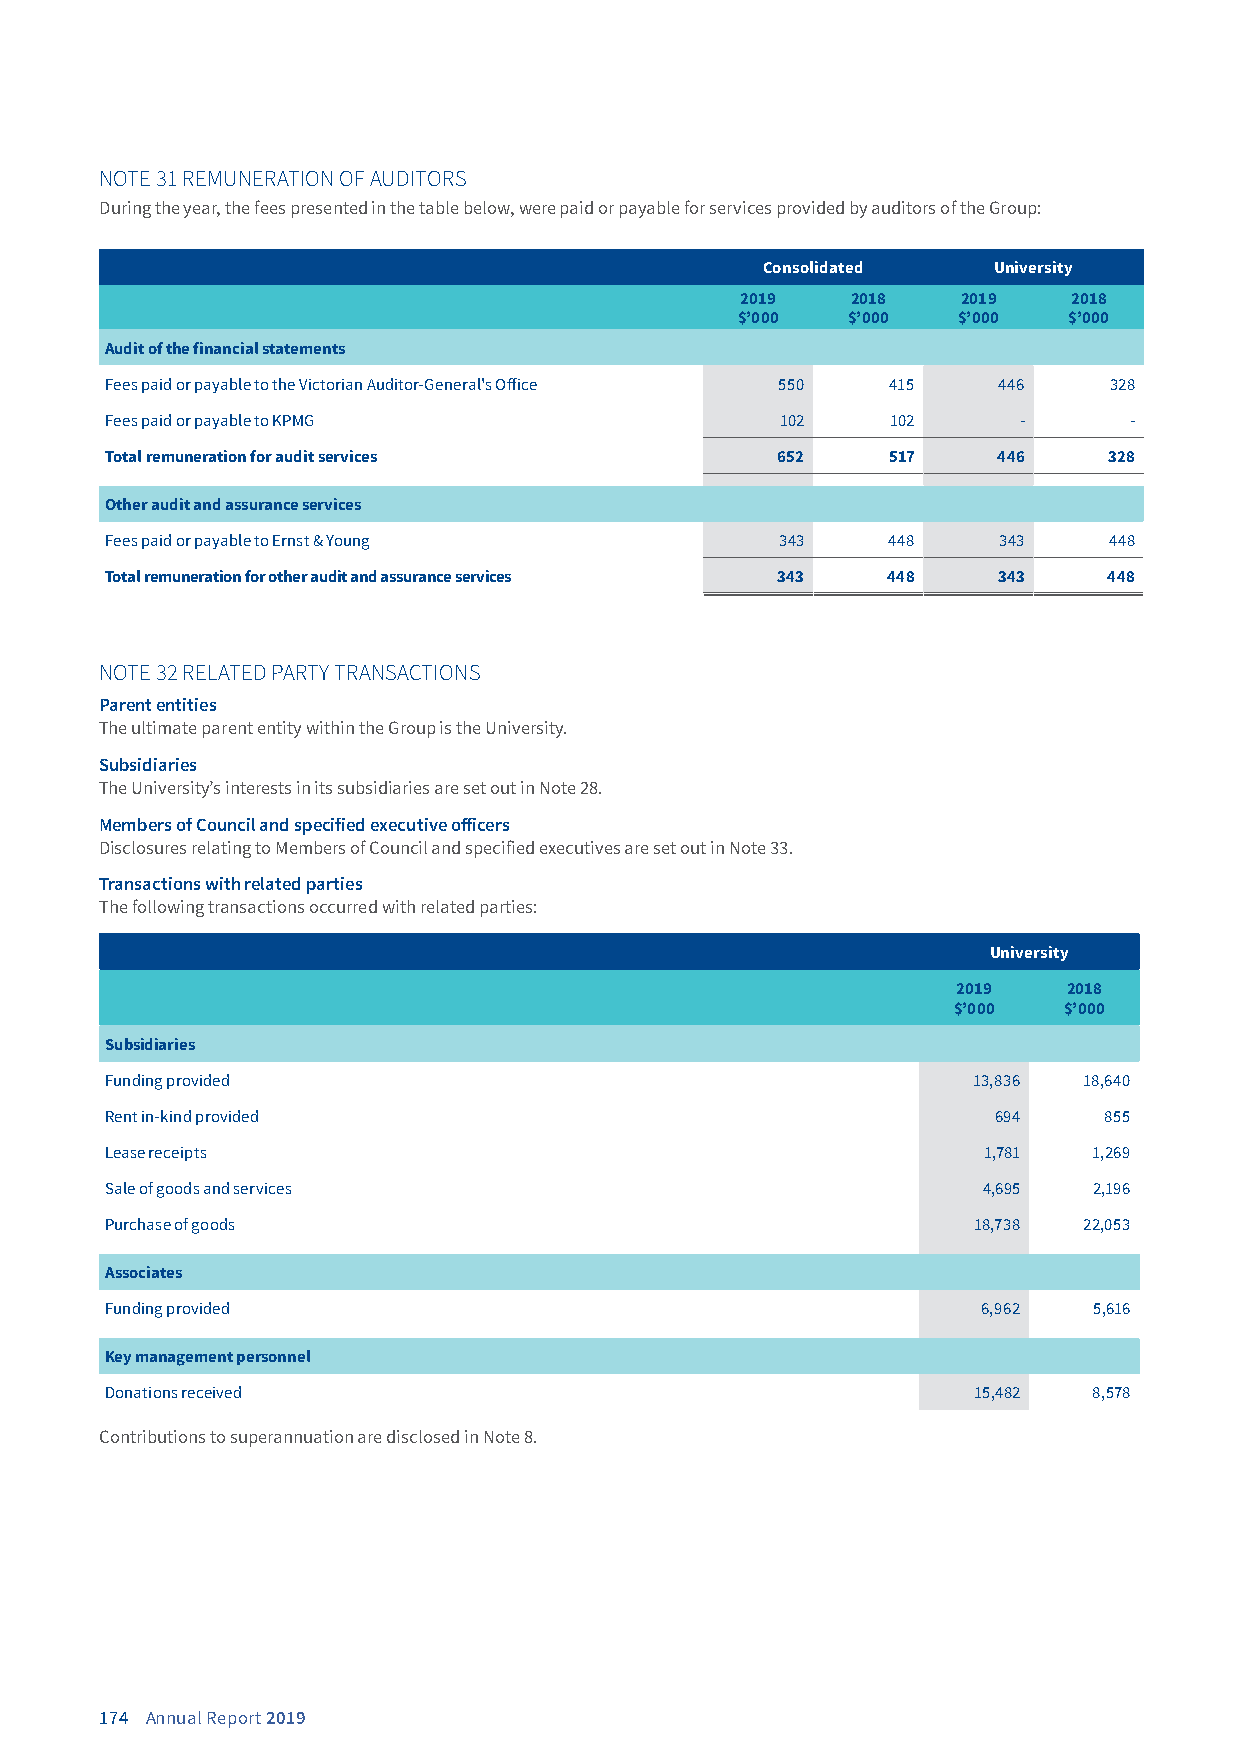
NOTE 31 REMUNERATION OF AUDITORS
 During the year, the fees presented in the table below, were paid or payable for services provided by auditors of the Group:
 Consolidated    University
 2019   2018    2019   2018
 $’000  $’000  $’000   $’000
 Audit of the financial statements
 Fees paid or payable to the Victorian Auditor-General's Office 550 415 446 328
 Fees paid or payable to KPMG                 102    102     -       -
 Total remuneration for audit services       652     517    446    328
 Other audit and assurance services
 Fees paid or payable to Ernst & Young        343    448    343    448
 Total remuneration for other audit and assurance services 343 448 343 448
 NOTE 32 RELATED PARTY TRANSACTIONS
 Parent entities
 The ultimate parent entity within the Group is the University.
 Subsidiaries
 The University’s interests in its subsidiaries are set out in Note 28.
 Members of Council and specified executive officers
 Disclosures relating to Members of Council and specified executives are set out in Note 33.
 Transactions with related parties
 The following transactions occurred with related parties:
 University
 2019    2018
 $’000  $’000
 Subsidiaries
 Funding provided                                         13,836  18,640
 Rent in-kind provided                                      694    855
 Lease receipts                                            1,781  1,269
 Sale of goods and services                                4,695  2,196
 Purchase of goods                                        18,738  22,053
 Associates
 Funding provided                                          6,962  5,616
 Key management personnel
 Donations received                                       15,482  8,578
 Contributions to superannuation are disclosed in Note 8.
 174 Annual Report 2019